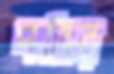
পতির